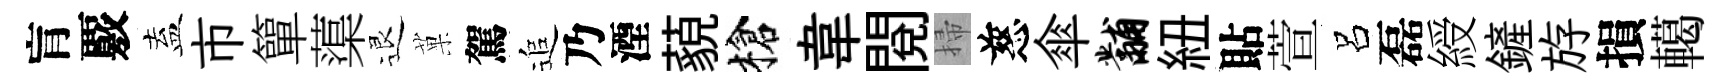
肓覈盍市簞蕖退菓駕追乃湮藐槍韋閱掃慈傘黼紐貼萱呂磊綬鏟斿損轕